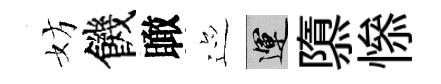
妨饑瞰迹運隳𢡖